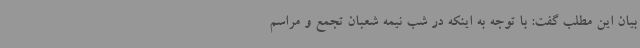
بیان این مطلب گفت: با توجه به اینکه در شب نیمه شعبان تجمع و مراسم